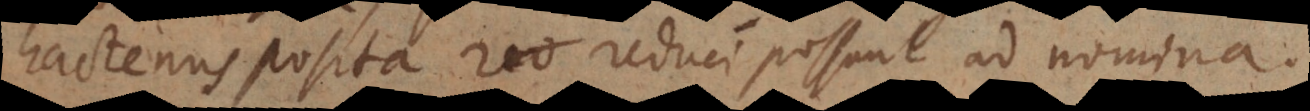
hactenus posita reduci possunt ad nomina.